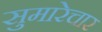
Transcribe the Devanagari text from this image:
सुमारेचार